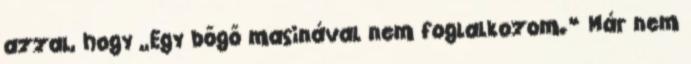
azzal, hogy „Egy bőgő masinával nem foglalkozom.” Már nem